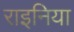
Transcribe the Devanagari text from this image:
राइनिया